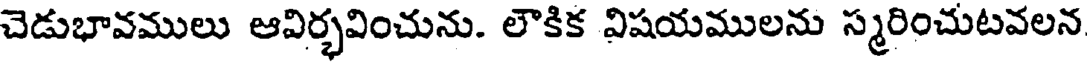
చెడుభావములు ఆవిర్భవించును. లౌకిక విషయములను స్మరించుటవలన